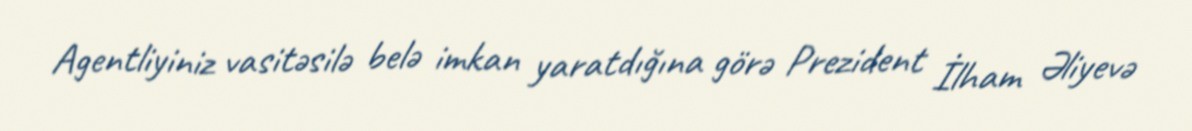
Agentliyiniz vasitəsilə belə imkan yaratdığına görə Prezident İlham Əliyevə